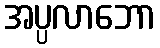
အပ္ပလာဘော